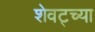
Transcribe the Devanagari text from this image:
शेवट्च्या